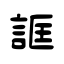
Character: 誆